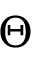
\Theta